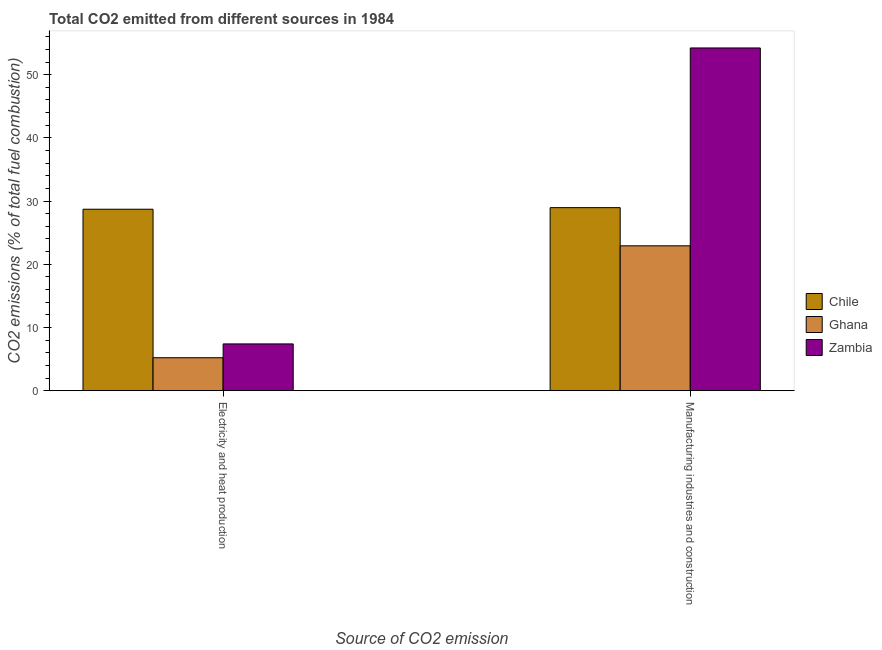
| Source of CO2 emission | Chile | Ghana | Zambia |
 | --- | --- | --- | --- |
 | Electricity and heat production | 28.7 | 5.21 | 7.39 |
 | Manufacturing industries and construction | 29 | 22.9 | 54.2 |